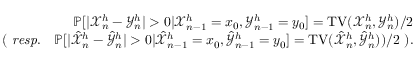
\begin{array} { r } { \mathbb { P } [ | { \mathcal X } _ { n } ^ { h } - { \mathcal Y } _ { n } ^ { h } | > 0 | { \mathcal X } _ { n - 1 } ^ { h } = x _ { 0 } , { \mathcal Y } _ { n - 1 } ^ { h } = y _ { 0 } ] = \mathrm { T V } ( { \mathcal X } _ { n } ^ { h } , { \mathcal Y } _ { n } ^ { h } ) / 2 } \\ { ( \mathrm { \it ~ r e s p . } \quad \mathbb { P } [ | \hat { \mathcal X } _ { n } ^ { h } - \hat { \mathcal Y } _ { n } ^ { h } | > 0 | \hat { \mathcal X } _ { n - 1 } ^ { h } = x _ { 0 } , \hat { \mathcal Y } _ { n - 1 } ^ { h } = y _ { 0 } ] = \mathrm { T V } ( \hat { \mathcal X } _ { n } ^ { h } , \hat { \mathcal Y } _ { n } ^ { h } ) ) / 2 \ ) . } \end{array}